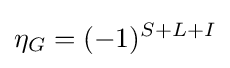
\eta _{G}=(-1)^{S+L+I}